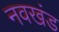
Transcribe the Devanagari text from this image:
नवखंड